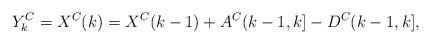
LaTeX: \begin{align*}Y^C_k = X^C(k) = X^C(k-1) + A^C(k-1,k]-D^C(k-1,k],\end{align*}